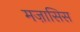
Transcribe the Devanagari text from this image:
मज़ासिस